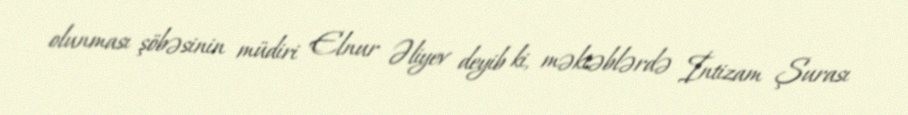
olunması şöbəsinin müdiri Elnur Əliyev deyib ki, məktəblərdə İntizam Şurası